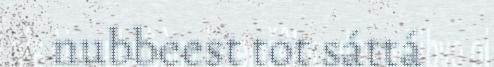
nubbeest tot sáttá